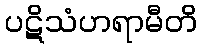
ပဋိသံဟရာမီတိ